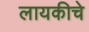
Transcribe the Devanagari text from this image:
लायकीचे